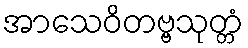
အာသေဝိတဗ္ဗသုတ္တံ